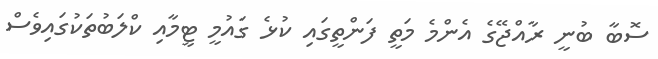
ސޮބާ ބުނީ ރާއްޖޭގެ އެންމެ މަތީ ފަންތީގައި ކުޅެ ގައުމީ ޓީމާއި ކްލަބުތަކުގައިވެސް